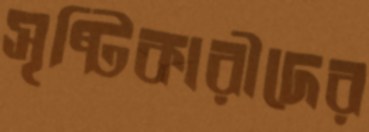
সৃষ্টিকারীদের